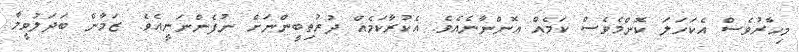
މިހާރުވެސް އެކަހަލަ ކޮންމެވެސް ކަމެއް އޮންނާނެއެވެ. އެކުރާކަމެއް ދުރުތިބީންނަށް ނުފެންނަނީއެވެ. ޒަމާން ބަދަލުވީމާ